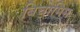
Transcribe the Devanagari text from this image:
बिचोमिम